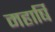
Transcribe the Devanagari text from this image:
महार्षि